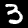
Digit: 3